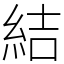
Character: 結